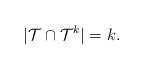
LaTeX: \begin{align*} |\mathcal{T} \cap \mathcal{T}^{k}| = k. \end{align*}